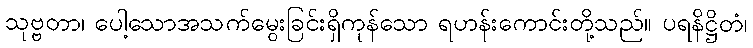
သုဗ္ဗတာ၊ ပေါ့သောအသက်မွေးခြင်းရှိကုန်သော ရဟန်းကောင်းတို့သည်။ ပရနိဋ္ဌိတံ၊